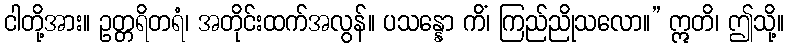
ငါတို့အား။ ဥတ္တရိတရံ၊ အတိုင်းထက်အလွန်။ ပသန္နော ကိံ၊ ကြည်ညိုသလော။” ဣတိ၊ ဤသို့။